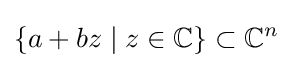
\{a+bz\mid z\in \mathbb {C} \}\subset \mathbb {C} ^{n}